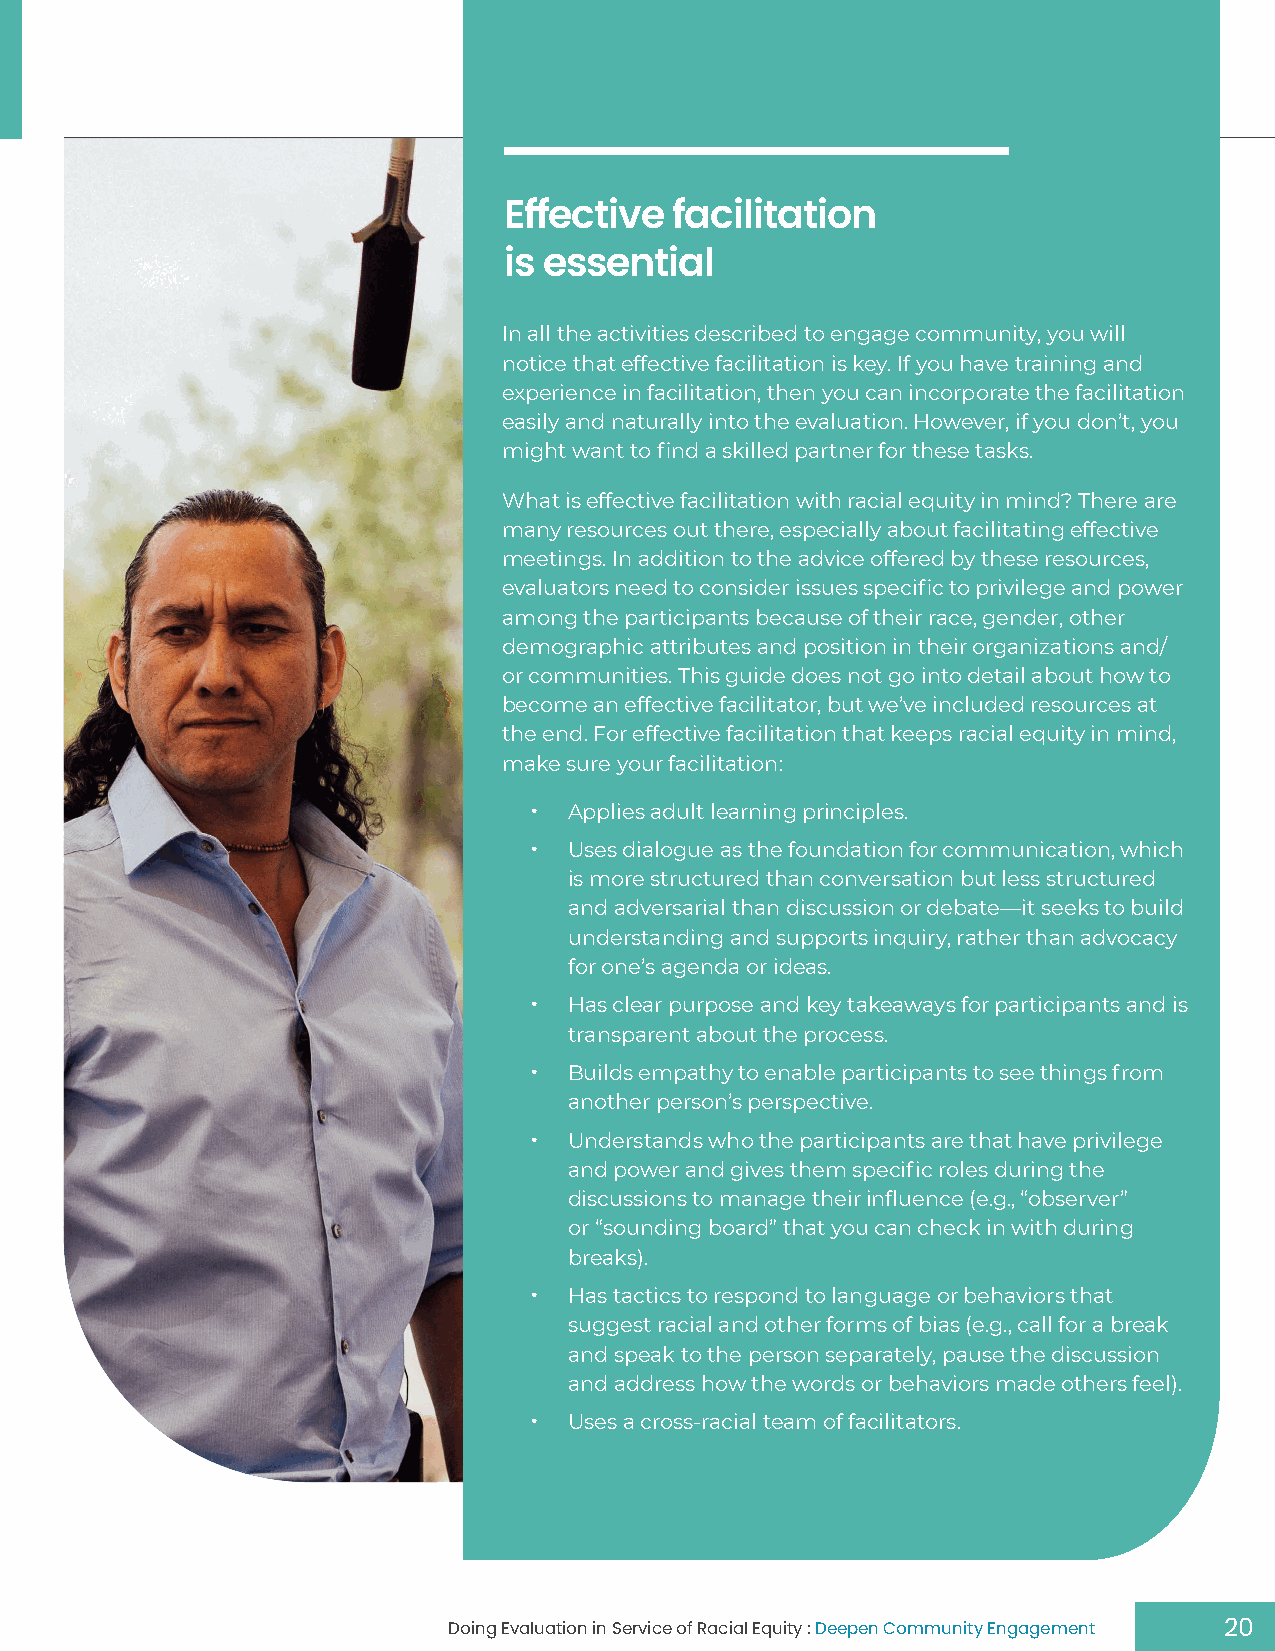
Effective   facilitation
 is essential
 In all the activities described to engage community, you will
 notice that effective facilitation is key. If you have training and
 experience in facilitation, then you can incorporate the facilitation
 easily and naturally into the evaluation. However, if you don’t, you
 might want to find a skilled partner for these tasks.
 What is effective facilitation with racial equity in mind? There are
 many resources out there, especially about facilitating effective
 meetings. In addition to the advice offered by these resources,
 evaluators need to consider issues specific to privilege and power
 among the participants because of their race, gender, other
 demographic attributes and position in their organizations and/
 or communities. This guide does not go into detail about how to
 become an effective facilitator, but we’ve included resources at
 the end. For effective facilitation that keeps racial equity in mind,
 make sure your facilitation:
 •  Applies adult learning principles.
 •  Uses dialogue as the foundation for communication, which
 is more structured than conversation but less structured
 and adversarial than discussion or debate—it seeks to build
 understanding and supports inquiry, rather than advocacy
 for one’s agenda or ideas.
 •  Has clear purpose and key takeaways for participants and is
 transparent about the process.
 •  Builds empathy to enable participants to see things from
 another person’s perspective.
 •  Understands who the participants are that have privilege
 and power and gives them specific roles during the
 discussions to manage their influence (e.g., “observer”
 or “sounding board” that you can check in with during
 breaks).
 •  Has tactics to respond to language or behaviors that
 suggest racial and other forms of bias (e.g., call for a break
 and speak to the person separately, pause the discussion
 and address how the words or behaviors made others feel).
 •  Uses a cross-racial team of facilitators.
 Doing Evaluation in Service of Racial Equity : Deepen Community Engagement 20